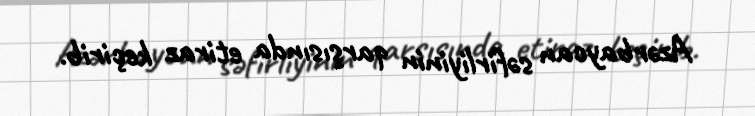
Azərbaycan səfirliyinin qarşısında etiraz keçirib.